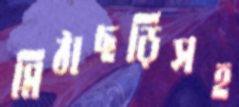
মিঠাছড়িসহ